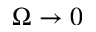
\Omega \to 0